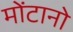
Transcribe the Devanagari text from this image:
मोंटानो